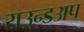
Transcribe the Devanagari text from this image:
राउन्डअप